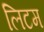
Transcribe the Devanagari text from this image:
लिटम